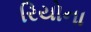
રિયોના